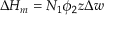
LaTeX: \Delta H _ { m } = N _ { 1 } \phi _ { 2 } z \Delta w